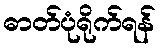
ဓာတ်ပုံရိုက်ရန်